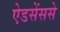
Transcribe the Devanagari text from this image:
ऐडसेंससे